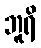
ဘူရိ